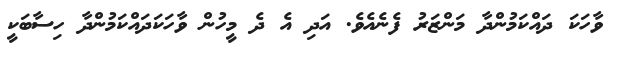
ވާހަކަ ދައްކަމުންދާ މަންޒަރު ފެނެއެވެ. އަދި އެ ދެ މީހުން ވާހަކަދައްކަމުންދާ ހިސާބަކީ